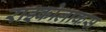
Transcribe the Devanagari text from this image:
राइकोलाकस